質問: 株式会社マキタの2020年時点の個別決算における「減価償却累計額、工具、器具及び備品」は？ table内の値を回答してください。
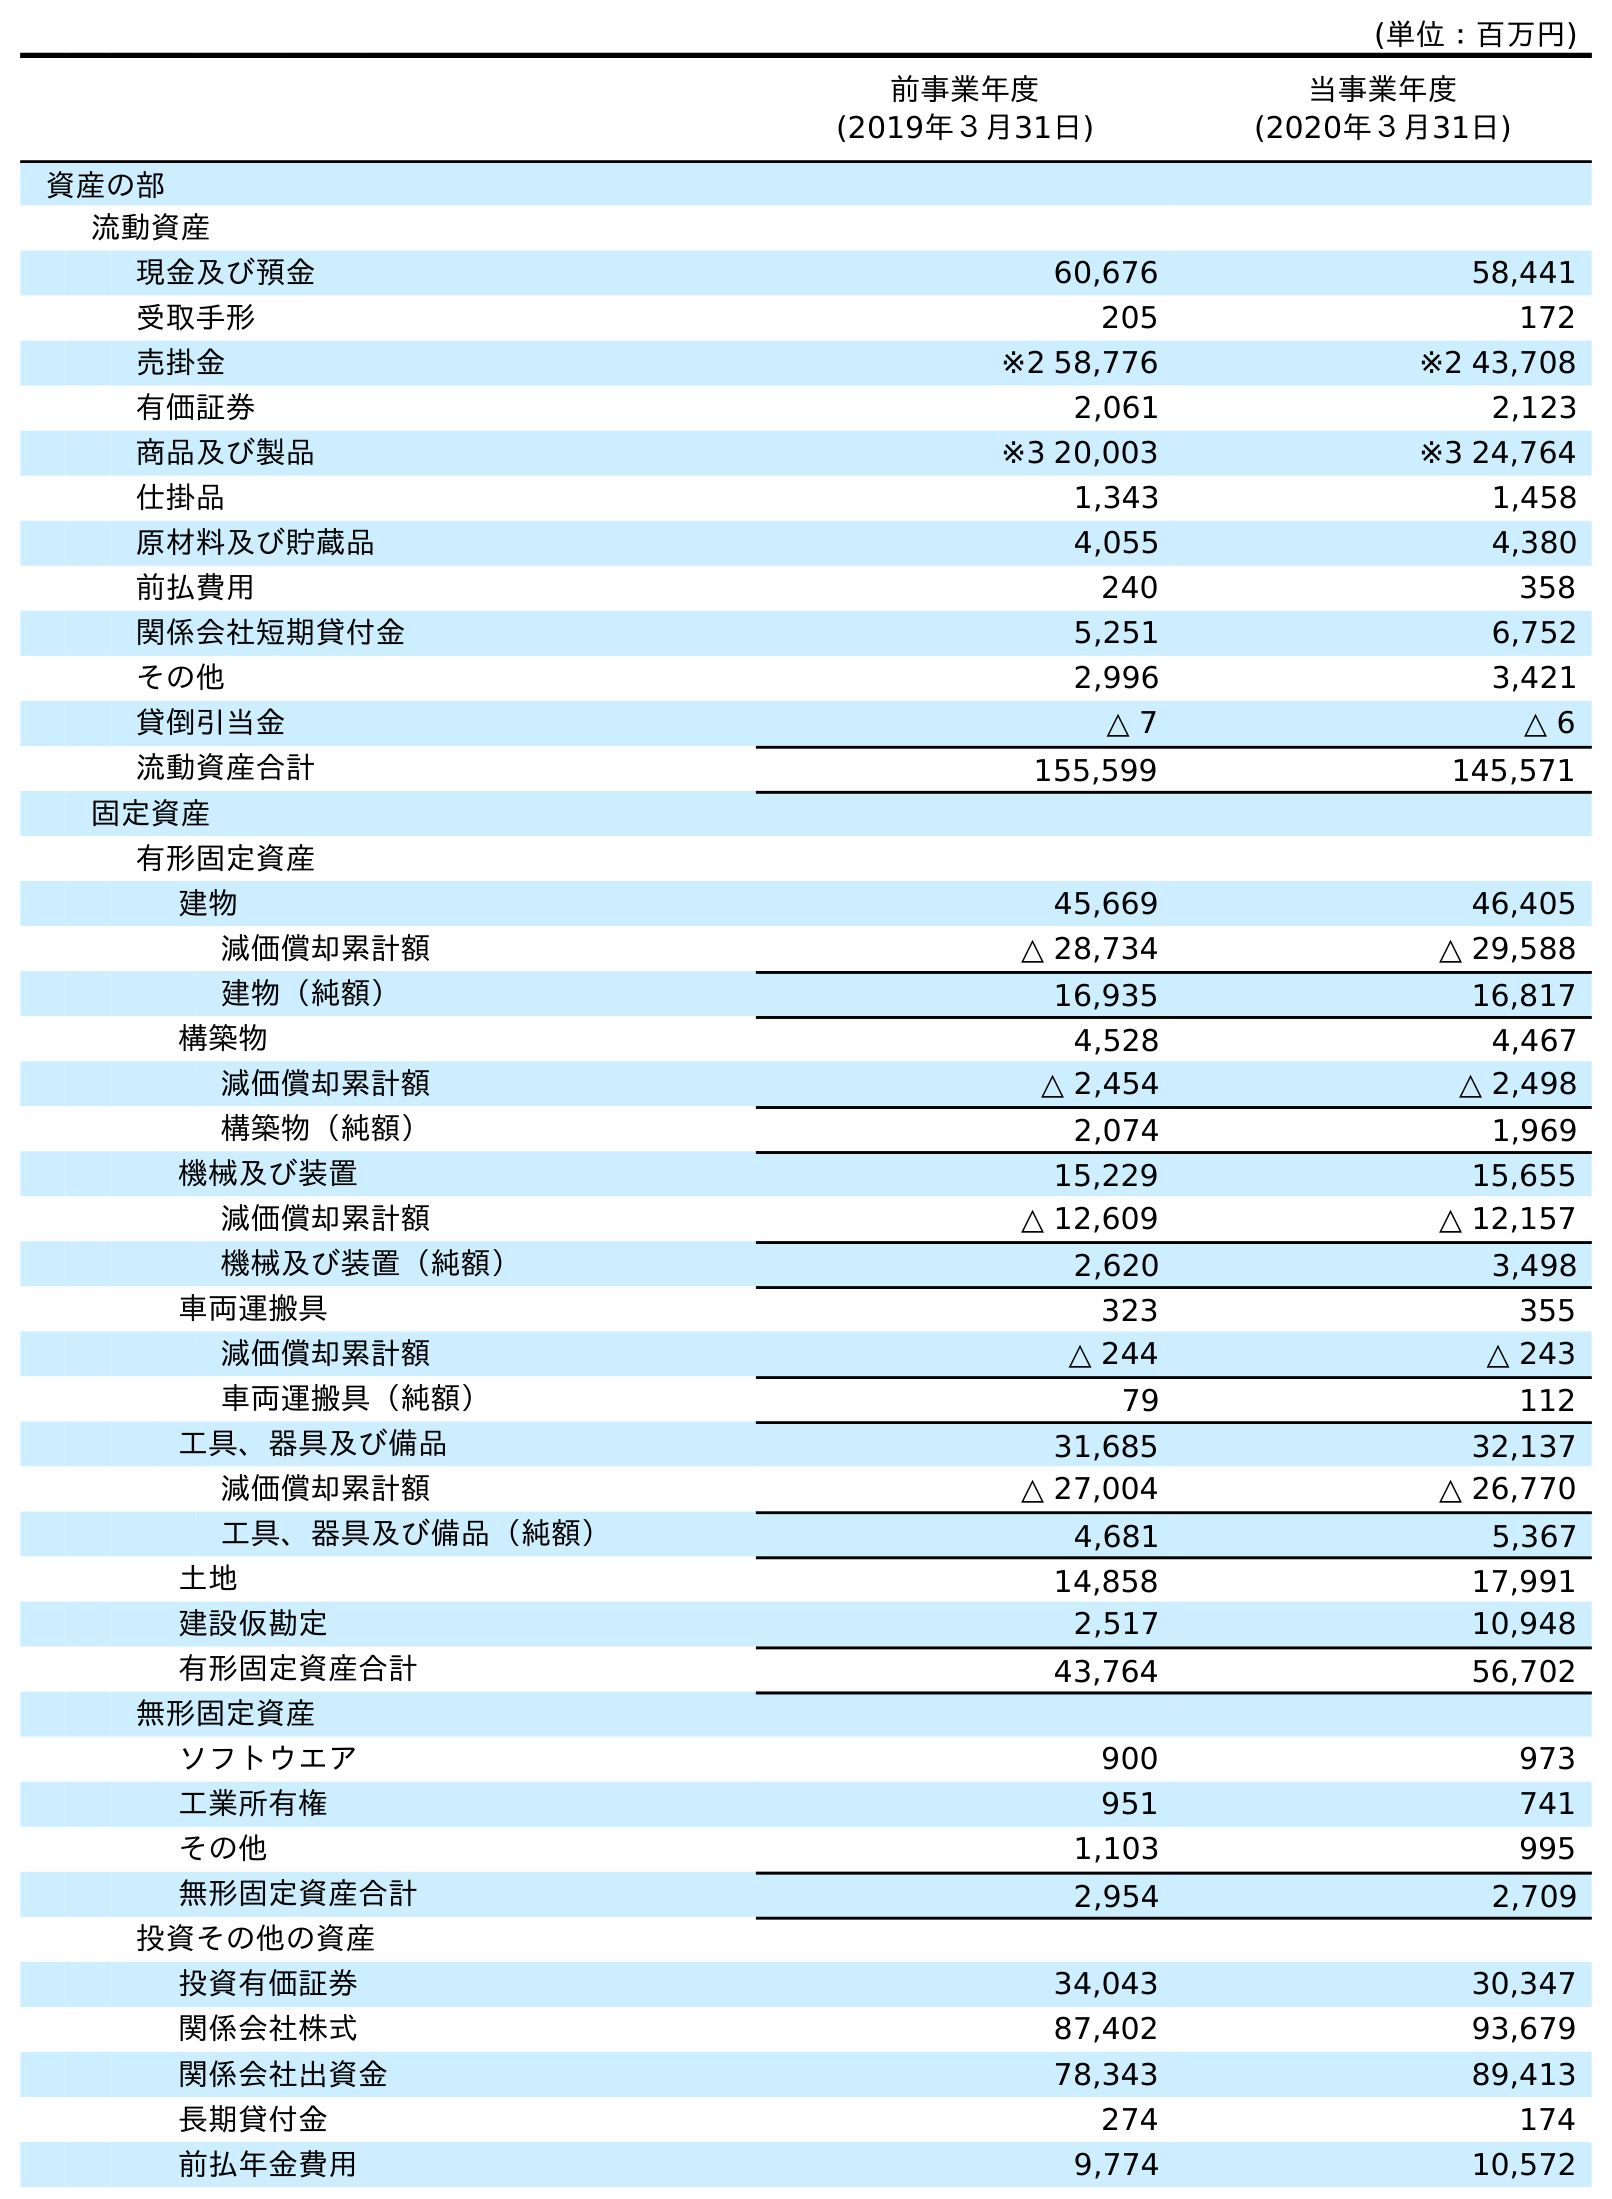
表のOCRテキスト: (単位：百万円) 前事業年度 (2019年３月31日) 当事業年度 (2020年３月31日) 資産の部 流動資産 現金及び預金 60,676 58,441 受取手形 205 172 売掛金 ※2 58,776 ※2 43,708 有価証券 2,061 2,123 商品及び製品 ※3 20,003 ※3 24,764 仕掛品 1,343 1,458 原材料及び貯蔵品 4,055 4,380 前払費用 240 358 関係会社短期貸付金 5,251 6,752 その他 2,996 3,421 貸倒引当金 △ 7 △ 6 流動資産合計 155,599 145,571 固定資産 有形固定資産 建物 45,669 46,405 減価償却累計額 △ 28,734 △ 29,588 建物（純額） 16,935 16,817 構築物 4,528 4,467 減価償却累計額 △ 2,454 △ 2,498 構築物（純額） 2,074 1,969 機械及び装置 15,229 15,655 減価償却累計額 △ 12,609 △ 12,157 機械及び装置（純額） 2,620 3,498 車両運搬具 323 355 減価償却累計額 △ 244 △ 243 車両運搬具（純額） 79 112 工具、器具及び備品 31,685 32,137 減価償却累計額 △ 27,004 △ 26,770 工具、器具及び備品（純額） 4,681 5,367 土地 14,858 17,991 建設仮勘定 2,517 10,948 有形固定資産合計 43,764 56,702 無形固定資産 ソフトウエア 900 973 工業所有権 951 741 その他 1,103 995 無形固定資産合計 2,954 2,709 投資その他の資産 投資有価証券 34,043 30,347 関係会社株式 87,402 93,679 関係会社出資金 78,343 89,413 長期貸付金 274 174 前払年金費用 9,774 10,572
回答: △26,770